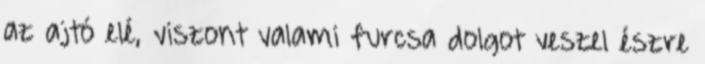
az ajtó elé, viszont valami furcsa dolgot veszel észre